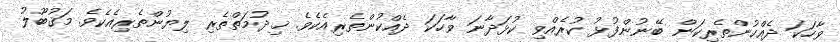
ވާހަކަ ދެއްކުންތެރިކަން ބޭނުންފުޅު ކުރެއްވި ކުޅަދާނަ ވާހަކަ ދެއްކުންތެރިއެކެވެ. ޚިދުމަތްތެރި ލިޔުންތެރިއެކެވެ. މަޤުބޫލު